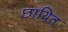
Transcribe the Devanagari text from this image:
छायित